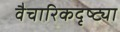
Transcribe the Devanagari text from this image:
वैचारिकदृष्‍ट्या